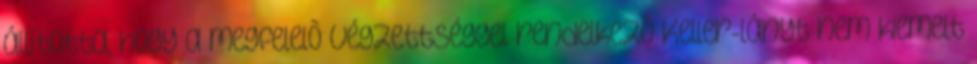
állította, hogy a megfelelõ végzettséggel rendelkezõ Keller-lányt nem kiemelt